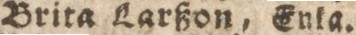
Brita Larßon, Enka.